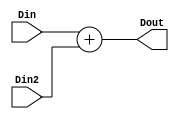
module ADD(
input [31:0]Din,Din2,
output reg [31:0]Dout
);

always @*
begin

Dout = Din + Din2;

end

endmodule